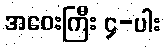
အဝေးကြီး ၄-ပါး